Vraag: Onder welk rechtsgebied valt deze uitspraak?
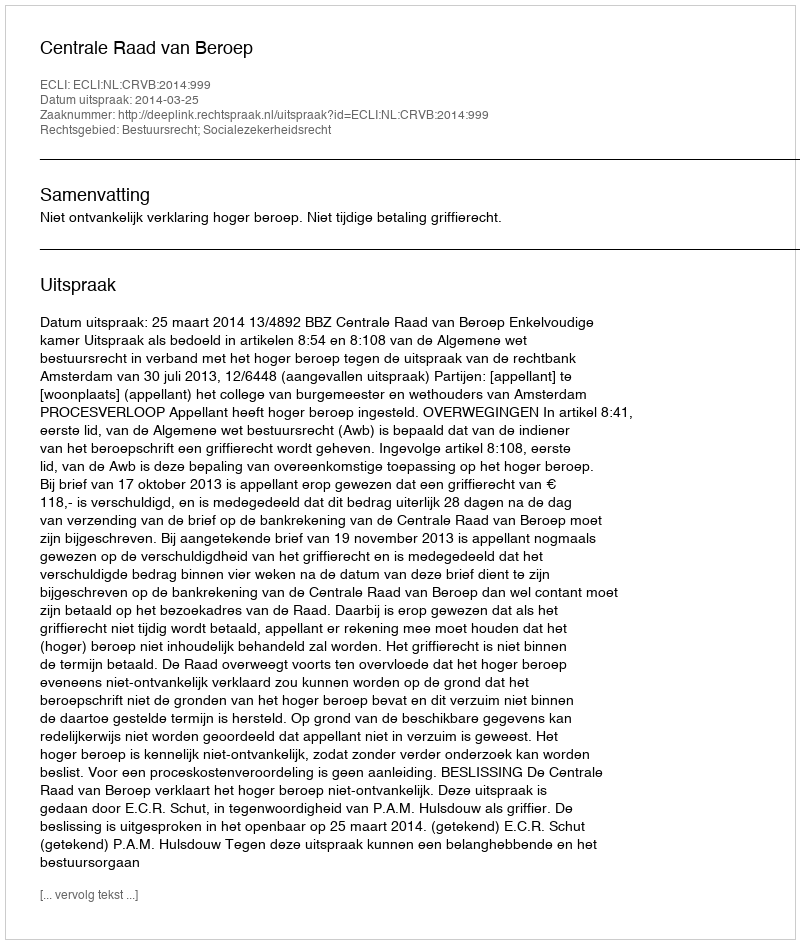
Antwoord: Bestuursrecht; Socialezekerheidsrecht